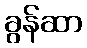
ခွန်ဆာ